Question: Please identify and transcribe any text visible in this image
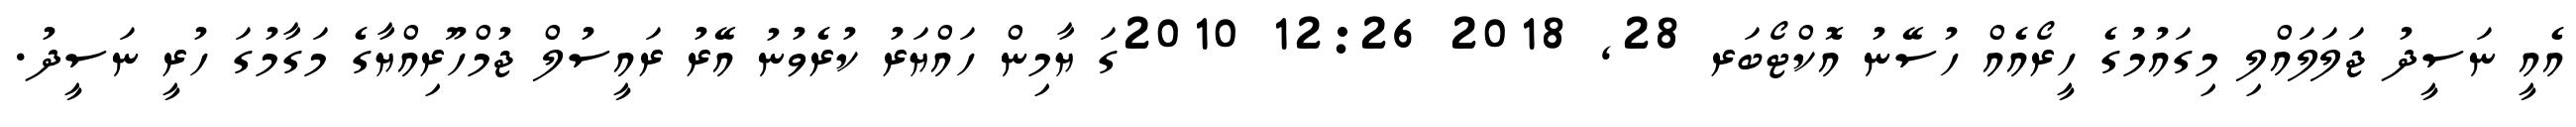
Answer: އެއީ ނަސީދު ޖަލަލައްލި މިގައުމުގެ ހީރޯއެއް ހުސޭނު އޮކްޓޯބަރ 28, 2018 12:26 2010ގަ ޔާމިން ހައްޔަރު ކުރެވުނު އޭރު ރައީސުލް ޖުމްހޫރިއްޔާގެ މަގާމުގަ ހުރީ ނަސީދު.